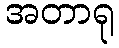
အတာရု